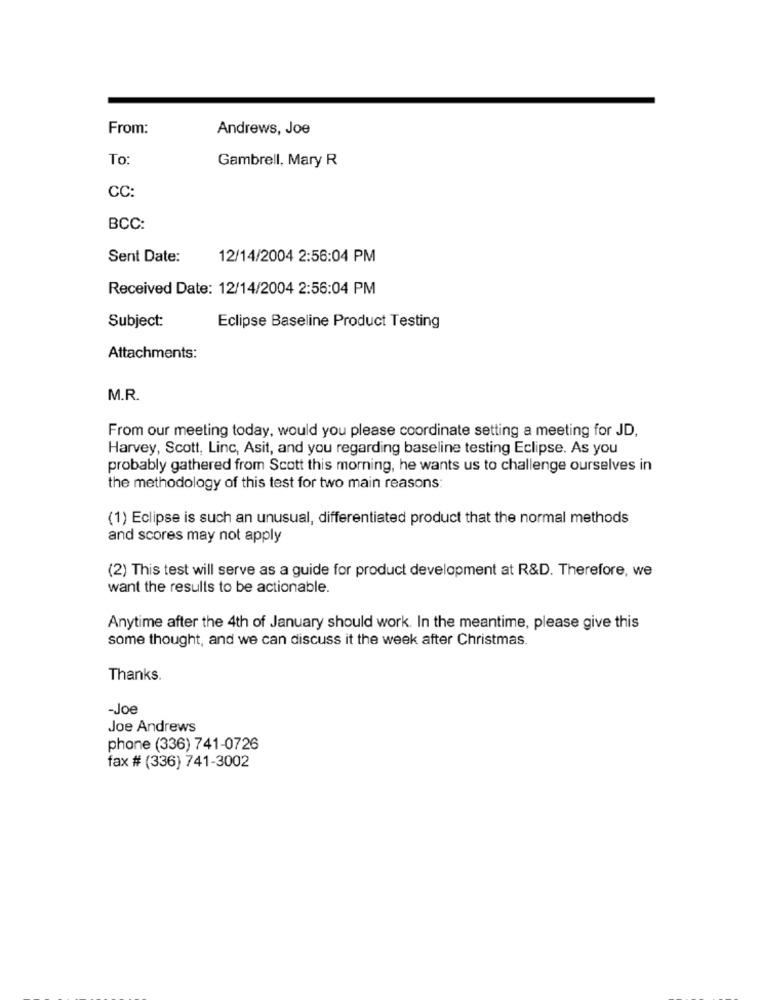
From:
Andrews, Joe
To
Gambrell, Mary R
CC:
BCC:
Sent Date:
12/14/2004 2:56:04 PM
Received Date: 12/14/2004 2:56:04 PM
Subject:
Eclipse Baseline Product Testing
Attachments:
M.R.
From our meeting today, would you please coordinate setting a meeting for JD,
Harvey, Scott, Linc, Asit, and you regarding baseline testing Eclipse. As you
probably gathered from Scott this morning, he wants us to challenge ourselves in
the methodology of this test for two main reasons:
(1) Eclipse is such an unusual, differentiated product that the normal methods
and scores may not apply
(2) This test will serve as a guide for product development at R&D. Therefore, we
want the results to be actionable.
Anytime after the 4th of January should work. In the meantime, please give this
some thought, and we can discuss it the week after Christmas.
Thanks.
-Joe
Joe Andrews
phone (336) 741-0726
fax # (336) 741-3002